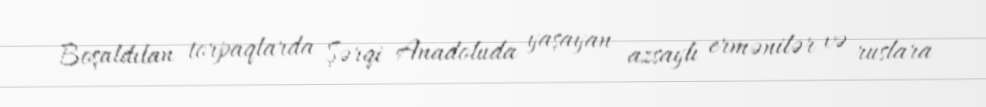
Boşaldılan torpaqlarda Şərqi Anadoluda yaşayan azsaylı ermənilər və ruslara